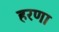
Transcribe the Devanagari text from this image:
हरणा